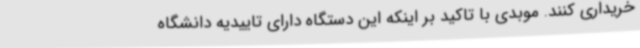
خریداری کنند. موبدی با تاکید بر اینکه این دستگاه دارای تاییدیه دانشگاه